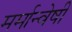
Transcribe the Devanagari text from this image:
मर्मान्‍वेषी